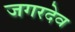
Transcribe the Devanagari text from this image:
जगरदेव